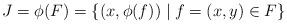
LaTeX: \begin{align*}J=\phi(F)=\left\{ (x,\phi(f))\mid f=(x,y)\in F\right\} \end{align*}